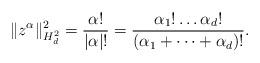
LaTeX: \begin{align*} \| z^{\alpha}\|_{H^2_d}^2 = \frac{\alpha!}{|\alpha|!} = \frac{\alpha_1! \dots \alpha_d!}{(\alpha_1+\dots+\alpha_d)!} .\end{align*}